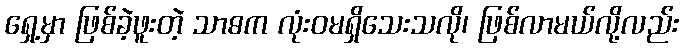
ရှေ့မှာ ဖြစ်ခဲ့ဖူးတဲ့ သာဓက လုံးဝမရှိသေးသလို၊ ဖြစ်လာမယ်လို့လည်း